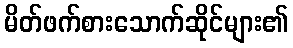
မိတ်ဖက်စားသောက်ဆိုင်များ၏